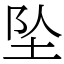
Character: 坠